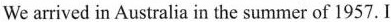
We arrived in Australia in the summer of 1957. I